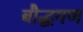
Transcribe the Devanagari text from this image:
बौद्धगण